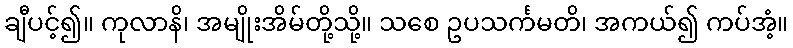
ချီပင့်၍။ ကုလာနိ၊ အမျိုးအိမ်တို့သို့။ သစေ ဥပသင်္ကမတိ၊ အကယ်၍ ကပ်အံ့။